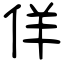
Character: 佯